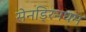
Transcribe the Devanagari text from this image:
सेनड्रिनघम